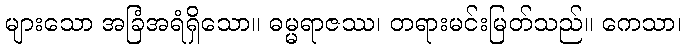
များသော အခြံအရံရှိသော။ ဓမ္မရာဇဿ၊ တရားမင်းမြတ်သည်။ ကေသာ၊